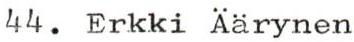
44. Erkki Äärynen